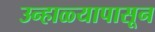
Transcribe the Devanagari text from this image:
उन्हाळ्यापासून